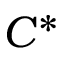
C ^ { * }